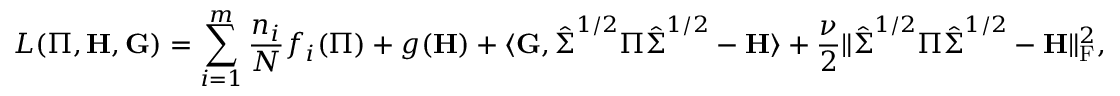
L ( \boldsymbol { \Pi } , \mathbf { H } , \mathbf { G } ) = \sum _ { i = 1 } ^ { m } \frac { n _ { i } } { N } f _ { i } ( \boldsymbol { \Pi } ) + g ( \mathbf { H } ) + \langle \mathbf { G } , \hat { \boldsymbol { \Sigma } } ^ { 1 / 2 } \boldsymbol { \Pi } \hat { \boldsymbol { \Sigma } } ^ { 1 / 2 } - \mathbf { H } \rangle + \frac { \nu } { 2 } \| \hat { \boldsymbol { \Sigma } } ^ { 1 / 2 } \boldsymbol { \Pi } \hat { \boldsymbol { \Sigma } } ^ { 1 / 2 } - \mathbf { H } \| _ { \mathrm { F } } ^ { 2 } ,